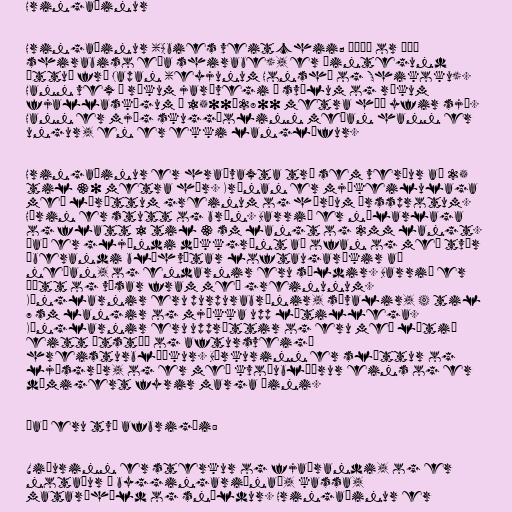
Hringaþinur

Hringaþinur (Abies veitchii; シラビソ or シラベ
shirabiso eða shirabe), er þintegund
ættuð frá Japan (eyjunum Honshū og Shikoku).
Hann vex í rökum jarðvegi í svölum og rökum
fjallaskógum í 1500–2800 metra hæð yfir sjó.
Hann er mjög skuggþolinn meðan hann er
ungur, en er ekki langlífur.

Hringaþinur er hraðvaxta tré sem verður að 25
til 30 metra hár. Krónan er mjókeilulaga
með láréttum greinum og hærðum árssprotum.
Hárin er stutt og brún. Barrið er nálarlaga
og flatt 1 til 3 sm langt og 2mm langt.
Það er gljándi dökkgrænt að ofan og með tvær
áberandi bláhvítar loftaugarákir að
neðan, og endarnir eru sýldir. Barrið er
þétt og vísar fram með greinunum.
Könglarnir eru purpurabrúnir, sívalir, 4 til
7 sm langir og mjókka upp lítillega.
Könglarnir eru uppréttir og eru með lítið
eitt útstæð og aftursveigð
hreisturblöðkur. Börkurinn er sléttur og
ljósgrár, og er með kvoðublöðrur eins og er
dæmigert fyrir marga þini.

Það eru tvö afbrigði:

Viðurinn er sterkur og fjaðrandi, og er
notaður í byggingariðnað, kassa,
mataráhöld og snældur. Hringaþinur er